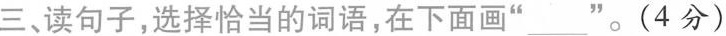
三、读句子，选择恰当的词语，在下面画”___”。(4分)